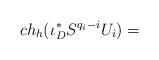
LaTeX: \begin{align*}ch_{h}(\iota_{D}^{*}S^{q_{i}-i}U_{i})=\end{align*}